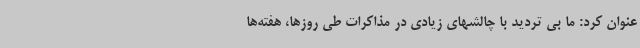
عنوان کرد: ما بی تردید با چالشهای زیادی در مذاکرات طی روزها، هفته‌ها